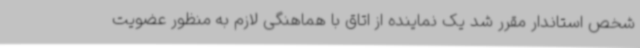
شخص استاندار مقرر شد یک نماینده از اتاق با هماهنگی لازم به منظور عضویت